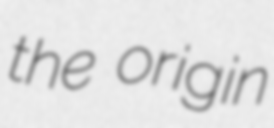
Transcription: the origin